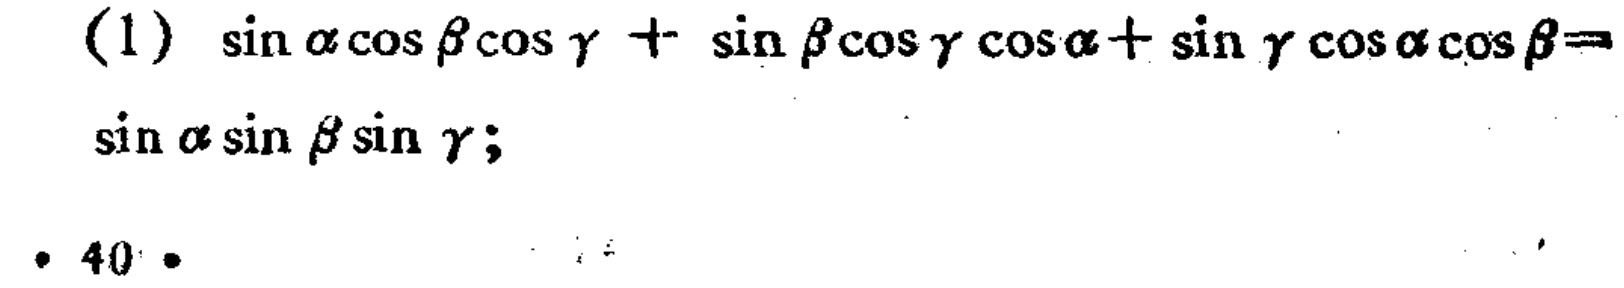
(1) $\sin\alpha\cos\beta\cos\gamma+\sin\beta\cos\gamma\cos\alpha + \sin\gamma\cos\alpha\cos\beta = \sin\alpha\sin\beta\sin\gamma$;

• 40 •